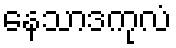
နေသာဒကုလံ